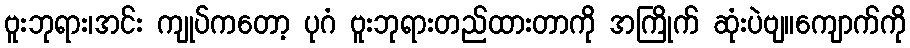
ဗူးဘုရား၊အင်း ကျုပ်ကတော့ ပုဂံ ဗူးဘုရားတည်ထားတာကို အကြိုက် ဆုံးပဲဗျ။ကျောက်ကို